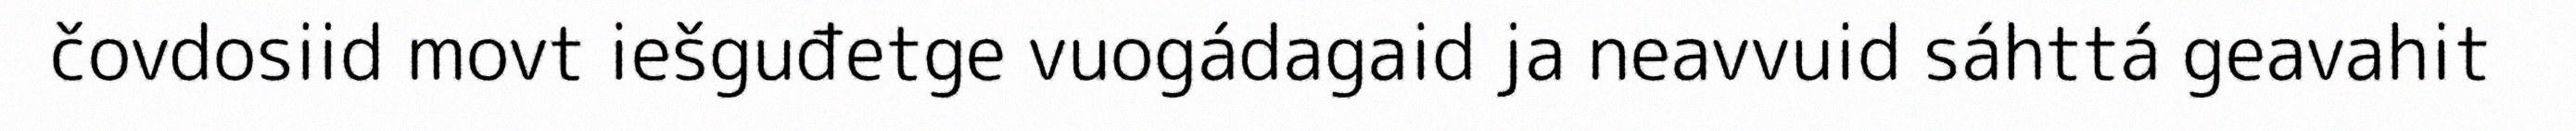
čovdosiid movt iešguđetge vuogádagaid ja neavvuid sáhttá geavahit